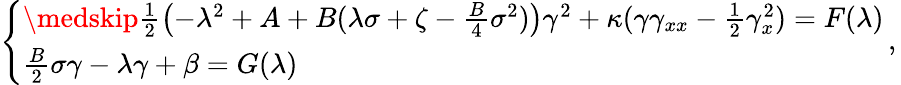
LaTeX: \left\{ \begin{array}{l}{\medskip\frac 12\left(-\lambda^{2}+A+B(\lambda\sigma+\zeta-\frac{B}4\sigma^{2})\right)\gamma^{2}+\kappa(\gamma\gamma_{xx}-\frac 12\gamma_{x}^{2})=F(\lambda)}\\ {\frac{B}2\sigma\gamma-\lambda\gamma+\beta=G(\lambda)}\end{array}\, ,\right.